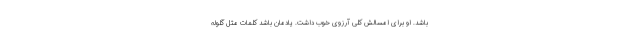
باشد. او برای امسالش کلی آرزوی خوب داشت. یادمان باشد کلمات مثل گلوله